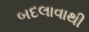
બદલાવાથી